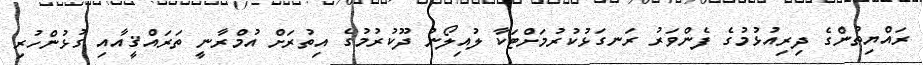
ރައްޔިތުންގެ ދިރިއުޅުމުގެ ފެންވަރު ރަނގަޅުކުރުމަށްޓަކާ ލުއިލޯނު ދޫކުރުމުގެ އިތުރަށް އުމްރާނީ ތަރައްޤީއާއި ގުޅުންހުރި